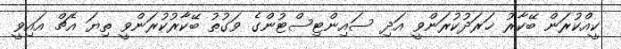
ކީއްކުރަން ބޭކާރު ޚަރަދުކުރަންވީ އަދި ސައިންޓިސްޓުންގެ ވަގުތު ބޭކާރުކުރަންވީ ތިޔަ އެޗް އައިވީ